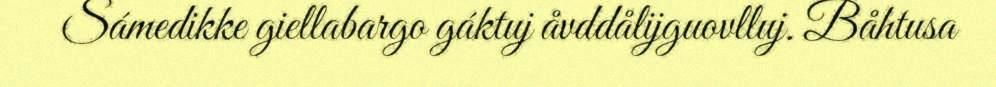
Sámedikke giellabargo gáktuj åvddålijguovlluj. Båhtusa